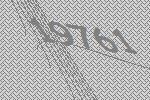
19761